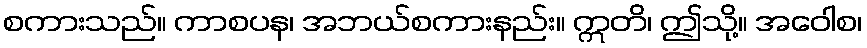
စကားသည်။ ကာစပန၊ အဘယ်စကားနည်း။ ဣတိ၊ ဤသို့။ အဝေါစ၊